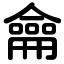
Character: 龠